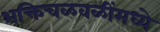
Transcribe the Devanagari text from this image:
भक्तिचळवळींमध्ये